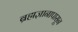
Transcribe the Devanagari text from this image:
ब्रह्मज्ञानापासून